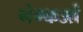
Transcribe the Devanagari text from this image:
नंग्‍कओं